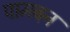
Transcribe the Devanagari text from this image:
पामबन